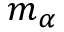
m _ { \alpha }